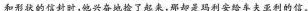
和形状的信封时，他兴奋地捡了起来，那却是玛利安给车夫亚利的信。